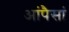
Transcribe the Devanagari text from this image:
आंपैसां